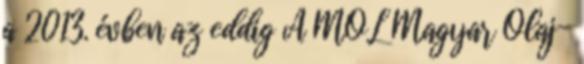
a 2013. évben az eddig A MOL Magyar Olaj-